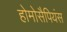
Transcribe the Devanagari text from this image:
होमोसैपियंस